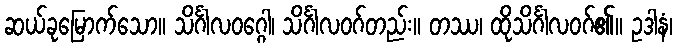
ဆယ်ခုမြောက်သော။ သိင်္ဂါလဝဂ္ဂေါ၊ သိင်္ဂါလဝဂ်တည်း။ တဿ၊ ထိုသိင်္ဂါလဝဂ်၏။ ဥဒါနံ၊